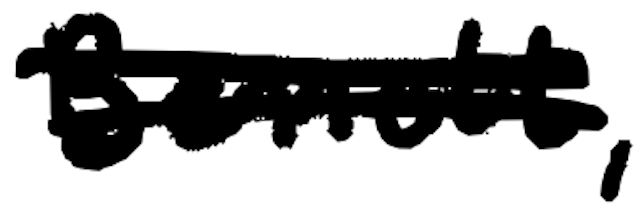
Text: Bennett,
Cross-out: double-line
Writing tool: digital_black